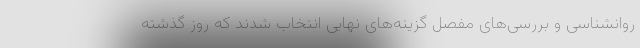
روانشناسی و بررسی‌های مفصل گزینه‌های نهایی انتخاب شدند که روز گذشته